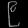
Digit: ၉